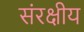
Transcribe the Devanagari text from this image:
संरक्षीय